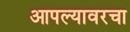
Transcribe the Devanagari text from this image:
आपल्यावरचा